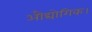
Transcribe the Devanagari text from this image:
औद्योगिक।